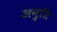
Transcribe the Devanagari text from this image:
अनुति